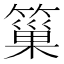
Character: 𥲀